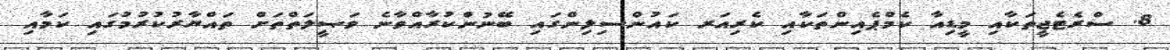
8. ސްރެޓެޖީތަކާއި މީޑިއާ ކެމްޕެއިންތަކާއި ކެރިއަރ ކައުންސިލިންގައި ބޭނުންކުރާއްވާނެ ވަޞީލަތްތަށް ތައްޔާރުކުރުމުގައި ކަމާއި